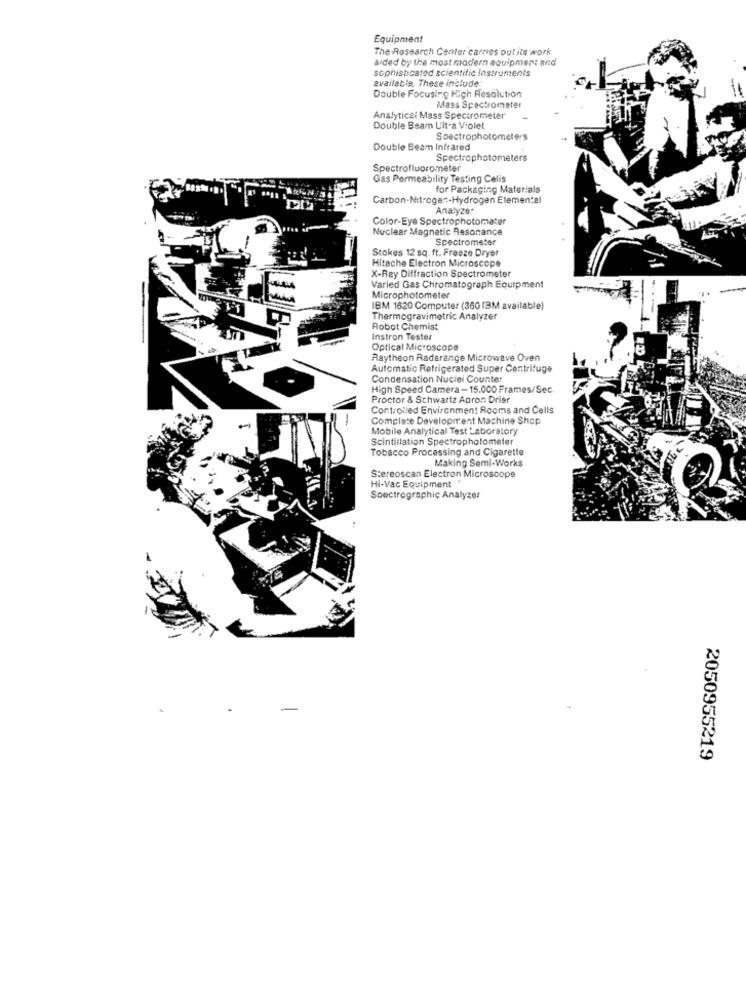
Equipment
The Research Center carries out its work
arded by the most modern equipment and
sophisticated scientific instruments
available. These include:
Double Focusing High Resolution
Mass Spectrometer
Analytical Mass Spectrometer
Double Beam Ultra Violet
Spectrophotometers
Double Beam Infrared
Spectrophotometers
Spectrofluorommeter
Gas Permeability Testing Celis
for Packaging Materials
Carbon-Nitrogen :- Hydrogen Elemental
Analyzer
Color-Eye Spectrophotometer
Nuclear Magnetic Resonance
Spectrometer
Stokes 12 sq. ft. Freeze Dryer
Hitache Electron Microscope
X-Rey Diffraction Spectrometer
Varied Gas Chromatograph Equipment
Microphotometer
IBM 1620 Computer (360 13M available)
Thermogravimetric Analyzer
Robot Chemist
Instron Tester
Optical Microscope
Raytheon Radarange Microwave Oven
Automatic Refrigerated Super Centrifuge
Condensation Nuciel Counter
High Speed Camera-15.000 Frames/Sec.
Proctor & Schwartz Apron Drier
Controlled Environment Rooms and Cells
-
Complete Development Machine Shop
Mobile Analytical Test Laboratory
Scintillation Spectrophotometer
Tobacco Processing and Cigarette
Making Semi-Works
Hi-Vac Equipment
Stereoscan Electron Microscope
Spectrographic Analyzer
2050955219